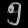
Digit: ၅